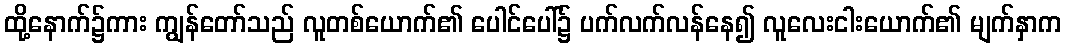
ထို့နောက်၌ကား ကျွန်တော်သည် လူတစ်ယောက်၏ ပေါင်ပေါ်၌ ပက်လက်လန်နေ၍ လူလေးငါးယောက်၏ မျက်နှာက